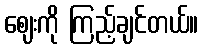
ဈေးကို ကြည့်ချင်တယ်။